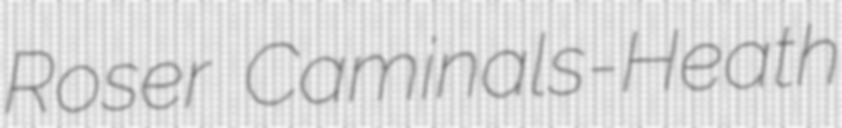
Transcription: Roser Caminals-Heath